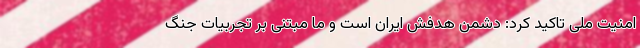
امنیت ملی تاکید کرد: دشمن هدفش ایران است و ما مبتنی بر تجربیات جنگ